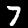
Digit: 7